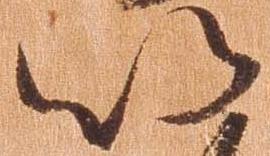
以